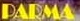
PARMA